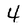
Character: 4